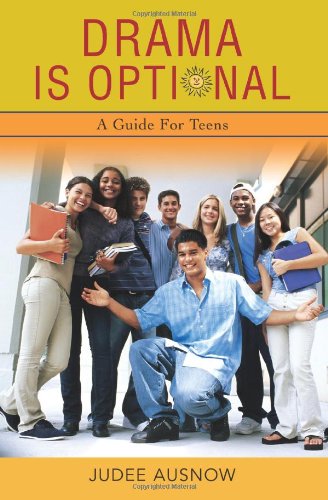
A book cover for Drama is Optional: A Guide For Teens; Judee Ausnow; Teen & Young Adult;